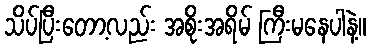
သိပ်ပြီးတော့လည်း အစိုးအရိမ် ကြီးမနေပါနဲ့။